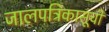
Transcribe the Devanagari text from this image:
जालपत्रिकासूची